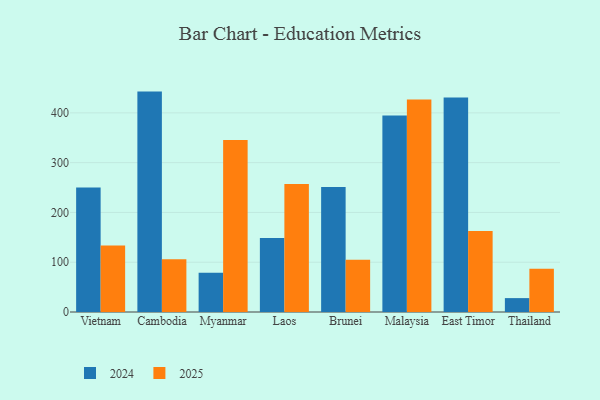
{"axis": {"x": "Country", "y": "Gross Profit (USD K)"}, "legend": ["2024", "2025"], "data": [{"x": "Vietnam", "y": 133.6, "type": "2025"}, {"x": "Vietnam", "y": 250.2, "type": "2024"}, {"x": "Cambodia", "y": 105.9, "type": "2025"}, {"x": "Cambodia", "y": 442.7, "type": "2024"}, {"x": "Myanmar", "y": 345.6, "type": "2025"}, {"x": "Myanmar", "y": 79.0, "type": "2024"}, {"x": "Laos", "y": 257.0, "type": "2025"}, {"x": "Laos", "y": 148.4, "type": "2024"}, {"x": "Brunei", "y": 104.8, "type": "2025"}, {"x": "Brunei", "y": 250.9, "type": "2024"}, {"x": "Malaysia", "y": 426.8, "type": "2025"}, {"x": "Malaysia", "y": 394.7, "type": "2024"}, {"x": "East Timor", "y": 162.9, "type": "2025"}, {"x": "East Timor", "y": 430.8, "type": "2024"}, {"x": "Thailand", "y": 87.0, "type": "2025"}, {"x": "Thailand", "y": 27.9, "type": "2024"}]}